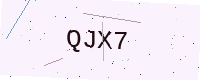
Text: QJX7